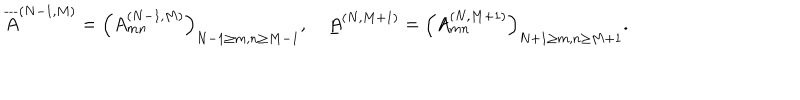
LaTeX: \overline { { { A } } } ^ { ( N - 1 , M ) } = \Bigl ( A _ { m n } ^ { ( N - 1 , M ) } \Bigr ) _ { N - 1 \ge m , n \ge M - 1 } , \quad \underline { { { A } } } ^ { ( N , M + 1 ) } = \Bigl ( A _ { m n } ^ { ( N , M + 1 ) } \Bigr ) _ { N + 1 \ge m , n \ge M + 1 } .